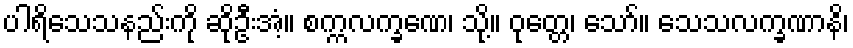
ပါရိသေသနည်းကို ဆိုဦးအံ့။ စက္ကလက္ခဏေ၊ သို့။ ဝုတ္တေ၊ သော်။ သေသလက္ခဏာနိ၊